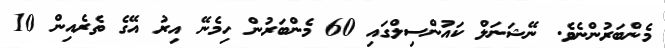
މެންބަރުންނެވެ. ނޭޝަނަލް ކައުންސިލްގައި 60 މެންބަރުން ހިމެނޭ އިރު އޭގެ ތެރެއިން 10